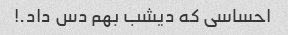
احساسی که دیشب بهم دس داد.!